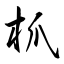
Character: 枛